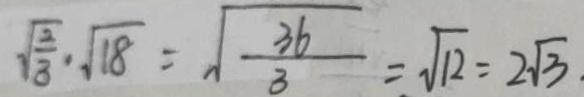
\sqrt { \frac { 2 } { 3 } } \cdot \sqrt { 1 8 } = \sqrt { \frac { 3 6 } { 3 } } = \sqrt { 1 2 } = 2 \sqrt { 3 } .